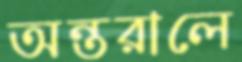
অন্তরালে